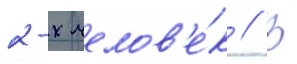
2-х челов'е́к // В